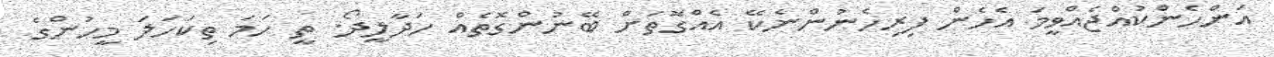
އަންހެންކުއްޖެއްވީމަ އެހެން ފިރިހެނުންނެކޭ އެއްގޮތަށް ބޭނުންގޮތެއް ހަދާލީދޯ. ތީ ހަމަ ތިކަހަލަ މީހުންގެ